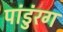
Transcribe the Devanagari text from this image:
पांडुंरग